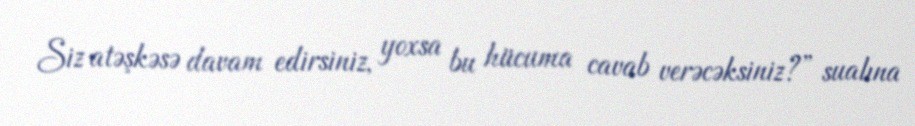
Siz atəşkəsə davam edirsiniz, yoxsa bu hücuma cavab verəcəksiniz?” sualına